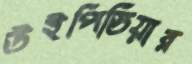
উইপিডিয়ার